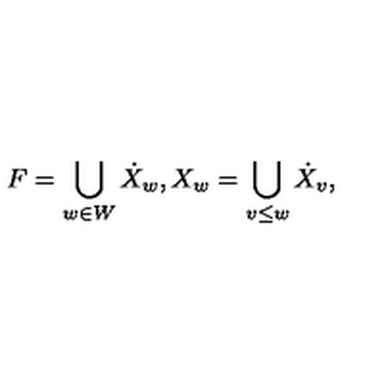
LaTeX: F = \bigcup _ { w \in W } \dot { X } _ { w } , X _ { w } = \bigcup _ { v \leq w } \dot { X } _ { v } ,